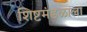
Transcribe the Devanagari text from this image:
शिष्टमंडळाला